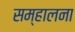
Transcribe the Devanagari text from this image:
सम्हालना